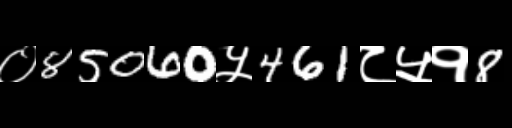
Text: ०85060५461८५१8